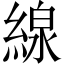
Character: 線